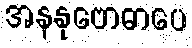
အနနုဗောဓာပေ